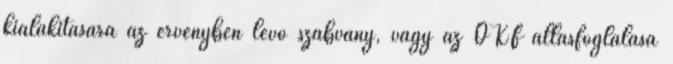
kialakítására az érvényben lévõ szabvány, vagy az OKF állásfoglalása